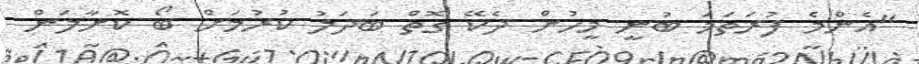
"އެންމެ ފުރަތަމަ ބުނީ މީހުން ދެކޭ ގޮތް ބަދަލު ކުރުމަށް ބޯ ކޮށާލަން